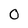
Character: 0